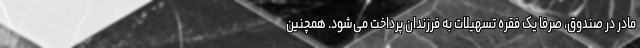
مادر در صندوق، صرفا یک فقره تسهیلات به فرزندان پرداخت می‌شود. همچنین